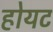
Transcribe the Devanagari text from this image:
होयट